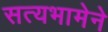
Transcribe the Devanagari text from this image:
सत्यभामेने